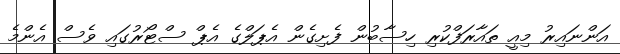
އަންނައިރު މިއީ ތައާރަފްކުރި ހިސާބުން ފެށިގެން އެޕަލްގެ އެޕް ސްޓޯރުގައި ވެސް އެންމެ